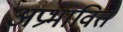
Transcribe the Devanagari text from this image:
अप्रभावित